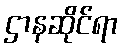
ဌာနဆိုင်ရာ